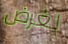
لغرض